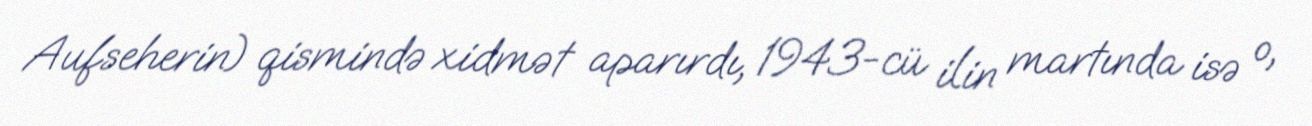
Aufseherin) qismində xidmət aparırdı, 1943-cü ilin martında isə o,